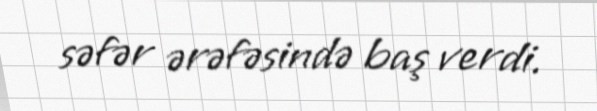
səfər ərəfəsində baş verdi.